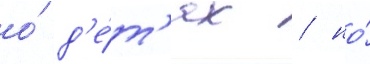
о́ д'е́т'ях / но́